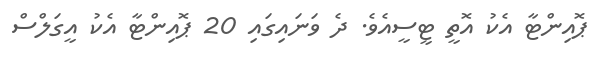
ޕޮއިންޓާ އެކު އޮތީ ޓީސީއެވެ. ދެ ވަނައިގައި 20 ޕޮއިންޓާ އެކު އީގަލްސް